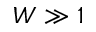
W \gg 1